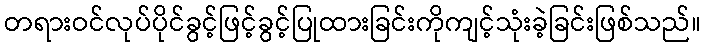
တရားဝင်လုပ်ပိုင်ခွင့်ဖြင့်ခွင့်ပြုထားခြင်းကိုကျင့်သုံးခဲ့ခြင်းဖြစ်သည်။